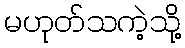
မဟုတ်သကဲ့သို့